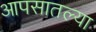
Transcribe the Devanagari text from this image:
आपसातल्या